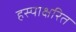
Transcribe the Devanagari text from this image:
हस्पाक्षरित